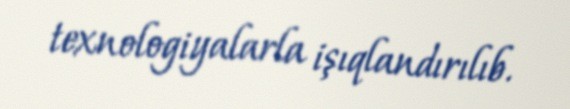
texnologiyalarla işıqlandırılıb.